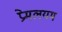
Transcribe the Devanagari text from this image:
प्रेमलयम